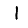
Digit: 1